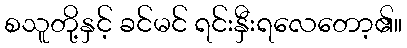
စသူတို့နှင့် ခင်မင် ရင်းနှီးရလေတော့၏။